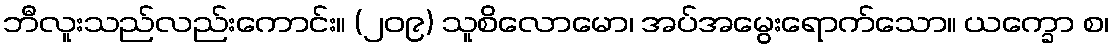
ဘီလူးသည်လည်းကောင်း။ (၂၀၉) သူစိလောမော၊ အပ်အမွေးရောက်သော။ ယက္ခော စ၊